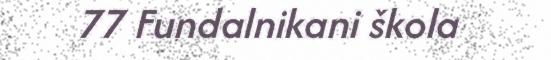
77 Fundalnikani škola